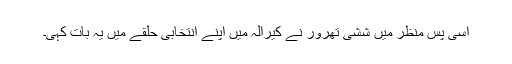
اسی پس منظر میں ششی تھرور نے کیرالہ میں اپنے انتخابی حلقے میں یہ بات کہی۔